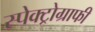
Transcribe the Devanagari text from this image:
स्पेक्ट्रोग्राफी